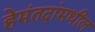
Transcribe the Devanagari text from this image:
हेमंतदांमधील